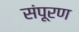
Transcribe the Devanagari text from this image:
संपूरण